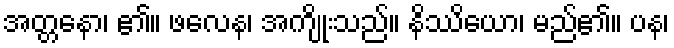
အတ္တနော၊ ၏။ ဖလေန၊ အကျိုးသည်။ နိဿိယော၊ မည်၏။ ပန၊